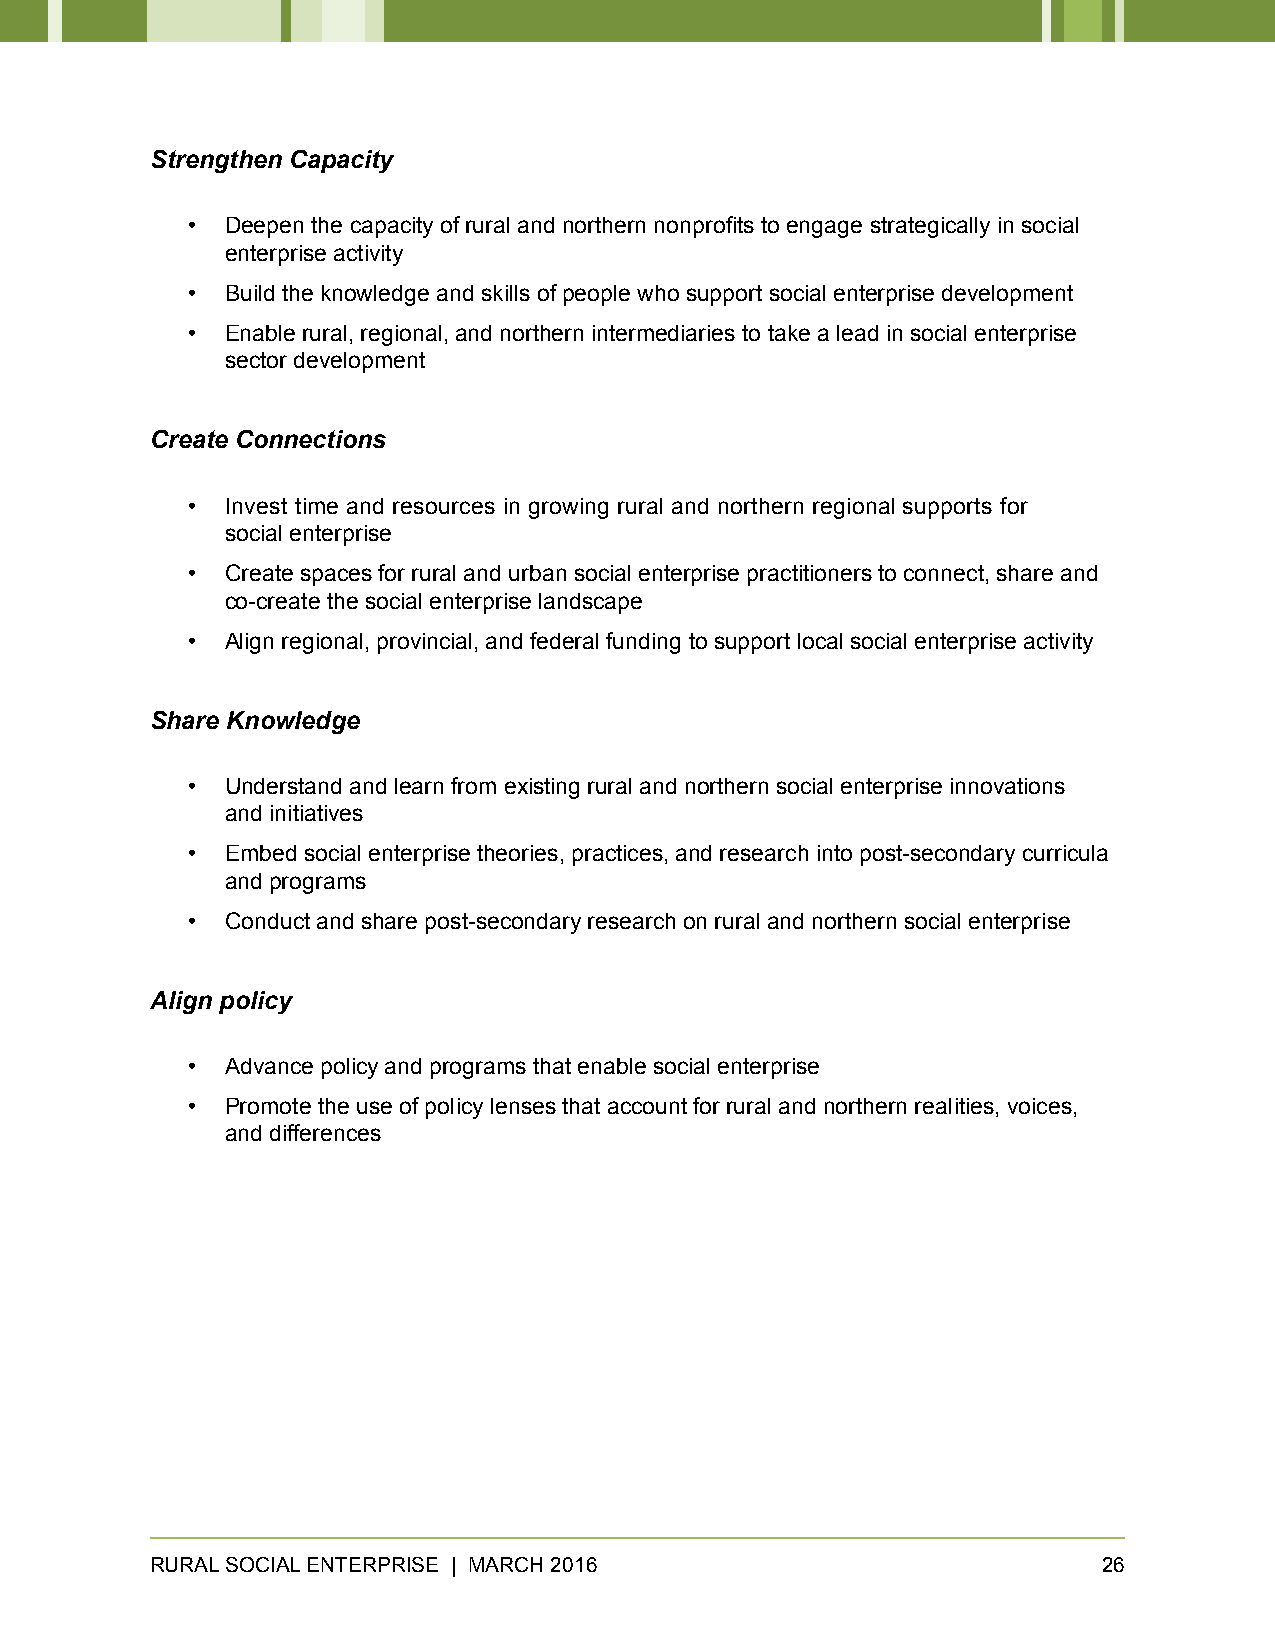
Strengthen Capacity
 •  Deepen the capacity of rural and northern nonprofits to engage strategically in social
 enterprise activity
 •  Build the knowledge and skills of people who support social enterprise development
 •  Enable rural, regional, and northern intermediaries to take a lead in social enterprise
 sector development
 Create Connections
 •  Invest time and resources in growing rural and northern regional supports for
 social enterprise
 •  Create spaces for rural and urban social enterprise practitioners to connect, share and
 co-create the social enterprise landscape
 •  Align regional, provincial, and federal funding to support local social enterprise activity
 Share Knowledge
 •  Understand and learn from existing rural and northern social enterprise innovations
 and initiatives
 •  Embed social enterprise theories, practices, and research into post-secondary curricula
 and programs
 •  Conduct and share post-secondary research on rural and northern social enterprise
 Align policy
 •  Advance policy and programs that enable social enterprise
 •  Promote the use of policy lenses that account for rural and northern realities, voices,
 and differences
 RURAL SOCIAL ENTERPRISE | MARCH 2016                           26